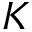
K